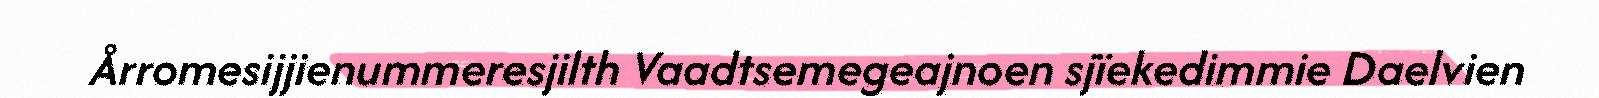
Årromesijjienummeresjilth Vaadtsemegeajnoen sjïekedimmie Daelvien